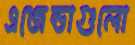
এজেন্ডাগুলো